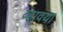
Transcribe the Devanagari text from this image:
व्हावया